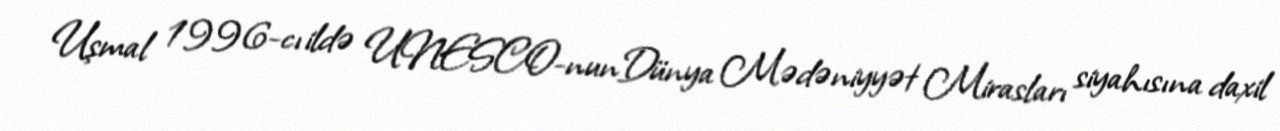
Uşmal 1996-cı ildə UNESCO-nunDünya Mədəniyyət Mirasları siyahısına daxil